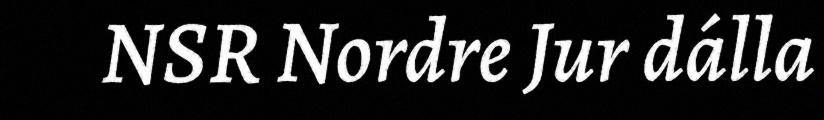
NSR Nordre Jur dálla